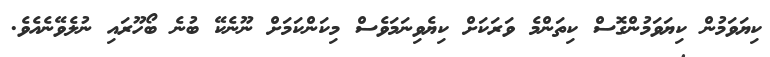
ކިޔަވަމުން ކިޔަވަމުންގޮސް ކިތަންމެ ވަރަކަށް ކިޔެވިނަމަވެސް މިކަންކަމަށް ނޫނެކޭ ބުނެ ބޯހޫރައި ނުލެވޭނެއެވެ.